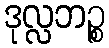
ဒုလ္လဘဉ္စ